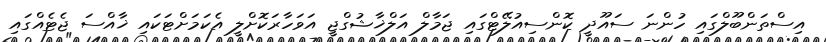
އިސްތަންބޫލްގައި ހުންނަ ސައޫދީ ކޮންސިއުލޭޓްގައި ޖަމާލް އަލްޚާޝުގްޖީ އަވަހާރަކޮށްލީ އެކަމަށްޓަކައި ޚާއްސަ ޖެޓެއްގައި